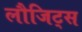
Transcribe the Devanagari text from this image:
लौजिट्स